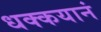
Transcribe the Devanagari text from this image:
धक्कयानं